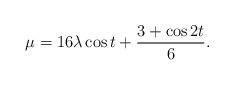
LaTeX: \begin{align*} \mu = 16 \lambda \cos t + \frac{3 + \cos2t}{6} .\end{align*}